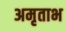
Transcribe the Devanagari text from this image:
अमृताभ